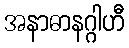
အနာဓာနဂ္ဂါဟီ